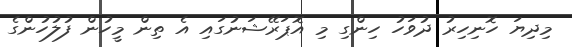
މިދިޔަ ހޮނިހިރު ދުވަހު ހިންގި މި އޮޕަރޭޝަނުގައި އެ ތިން މީހުން ފުލުހުންގެ